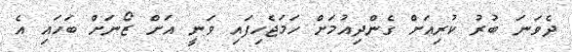
ދެވަނަ ބުރު ކުރިއަށް ގެންދިއުމަށް ހަމަޖެހިފައި ވަނީ އަށް ޒޯނަށް ބަހައި އެ